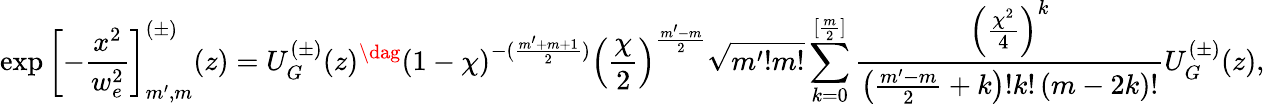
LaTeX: \exp\left[-\frac{x^{2}}{w_{e}^{2}}\right]_{m^{\prime},m}^{(\pm)}(z)=U_{G}^{(\pm)}(z)^{\dag}\left(1-\chi\right)^{-(\frac{m^{\prime}+m+1}{2})}\left(\frac{\chi}{2}\right)^{\frac{m^{\prime}-m}{2}}\sqrt{m^{\prime}!m!}\sum_{k=0}^{[\frac{m}{2}]}\frac{\left(\frac{\chi^{2}}{4}\right)^{k}}{\left(\frac{m^{\prime}-m}{2}+k\right)!k!\left(m-2k\right)!}U_{G}^{(\pm)}(z),